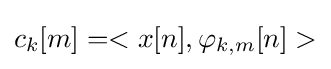
c_{k}[m]=<x[n],\varphi _{k,m}[n]>